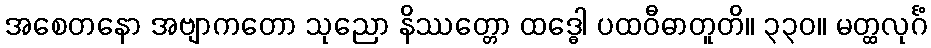
အစေတနော အဗျာကတော သုညော နိဿတ္တော ထဒ္ဓေါ ပထဝီဓာတူတိ။ ၃၃၀။ မတ္ထလုင်္ဂံ